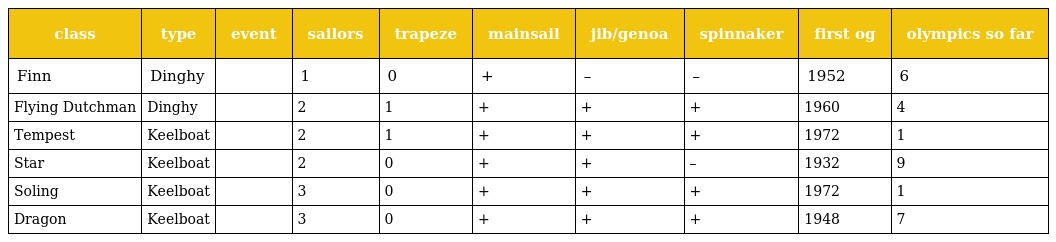
| class | type | event | sailors | trapeze | mainsail | jib/genoa | spinnaker | first og | olympics so far |
 | --- | --- | --- | --- | --- | --- | --- | --- | --- | --- |
 | Finn | Dinghy |  | 1 | 0 | + | – | – | 1952 | 6 |
 | Flying Dutchman | Dinghy |  | 2 | 1 | + | + | + | 1960 | 4 |
 | Tempest | Keelboat |  | 2 | 1 | + | + | + | 1972 | 1 |
 | Star | Keelboat |  | 2 | 0 | + | + | – | 1932 | 9 |
 | Soling | Keelboat |  | 3 | 0 | + | + | + | 1972 | 1 |
 | Dragon | Keelboat |  | 3 | 0 | + | + | + | 1948 | 7 |